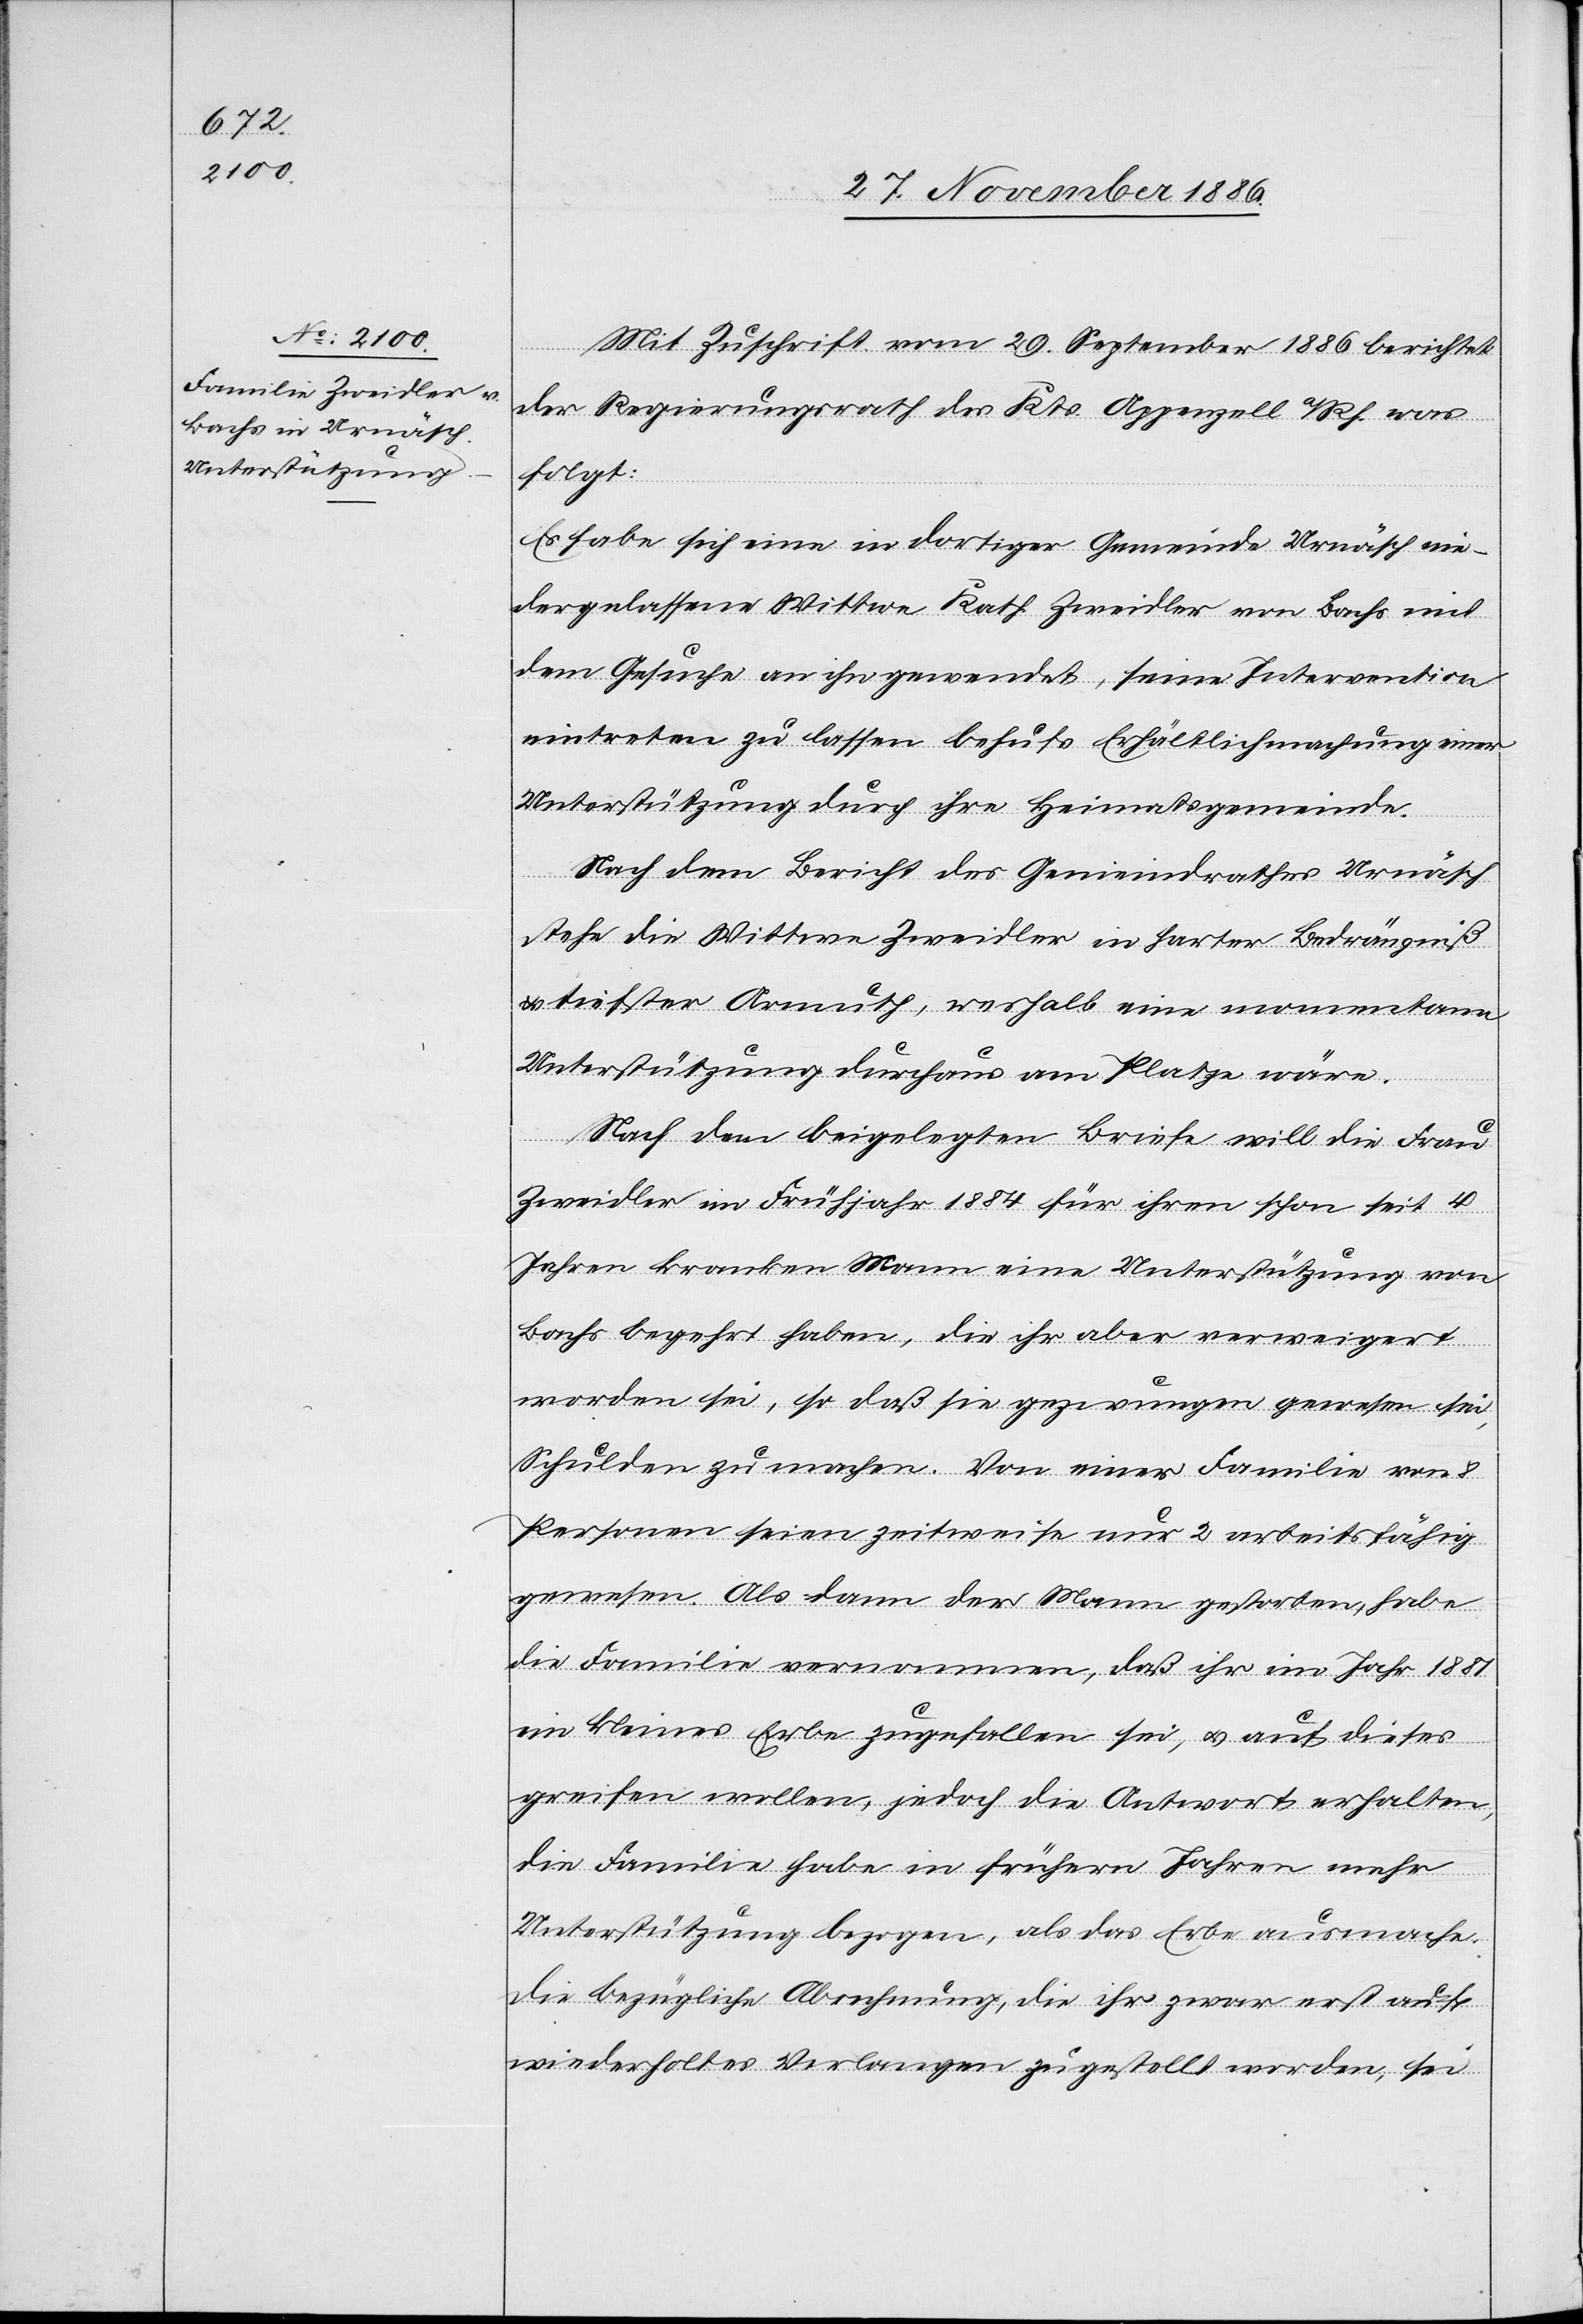
Mit Zuschrift vom 29. September 1886 berichtet
der Regierungsrath des Kts. Appenzell a/Rh. was
folgt:
Es habe sich eine in dortiger Gemeinde Urnäsch nie¬
dergelassene Wittwe Kath. Zweidler von Bachs mit
dem Gesuche an ihn gewendet, seine Intervention
eintreten zu lassen behufs Erhältlichmachung einer
Unterstützung durch ihre Heimatsgemeinde.
Nach dem Bericht des Gemeindrathes Urnäsch
stehe die Wittwe Zweidler in harter Bedrängniß
trister Armuth, weshalb eine momentane
Unterstützung durchaus am Platze wäre.
Nach dem beigelegten Briefe will die Frau
Zweidler im Frühjahr 1884 für ihren schon seit 4
Jahren kranken Mann eine Unterstützung von
Bachs begehrt haben, die ihr aber verweigert
worden sei, so daß sie gezwungen gewesen sei,
Schulden zu machen. Von einer Familie von
Personen seien zeitweise nur 2 arbeitsfähig
gewesen. Als dann der Mann gestorben, habe
die Familie vernommen, daß ihr im Jahr 1881
ein kleines Erbe zugefallen sei, & auf dieses
greifen wollen, jedoch die Antwort erhalten,
die Familie habe in frühern Jahren mehr
Unterstützung bezogen, als das Erbe ausmache.
Die bezügliche Abrechnung, die ihr zwar erst auf
wiederholtes Verlangen zugestellt worden, sei